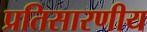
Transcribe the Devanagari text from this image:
प्रतिसारणीय